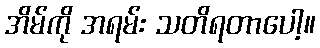
အိမ်ကို အရမ်း သတိရတာပေါ့။